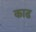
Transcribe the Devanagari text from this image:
काढ